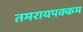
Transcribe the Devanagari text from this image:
तमरायपक्कम